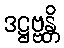
ဒဋ္ဌဗ္ဗန္တိ